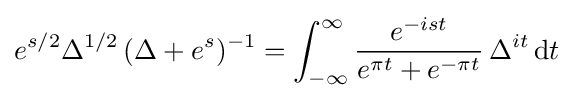
e^{s/2}\Delta ^{1/2}\,(\Delta +e^{s})^{-1}=\int _{-\infty }^{\infty }{e^{-ist} \over e^{\pi t}+e^{-\pi t}}\,\Delta ^{it}\,{\rm {d}}t